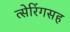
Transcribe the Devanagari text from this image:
त्सेरिंगसह